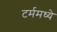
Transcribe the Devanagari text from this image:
टर्ममध्ये